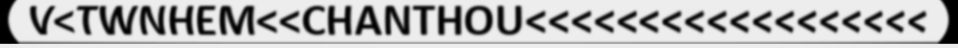
V<TWNHEM<<CHANTHOU<<<<<<<<<<<<<<<<<<